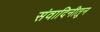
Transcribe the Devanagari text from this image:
संवादिनीतून